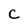
Character: C